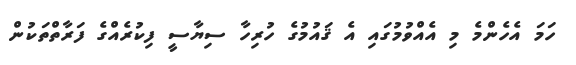
ހަމަ އެހެންމެ މި އެއްވުމުގައި އެ ޤައުމުގެ ހުރިހާ ސިޔާސީ ފިކުރެއްގެ ފަރާތްތަކުން